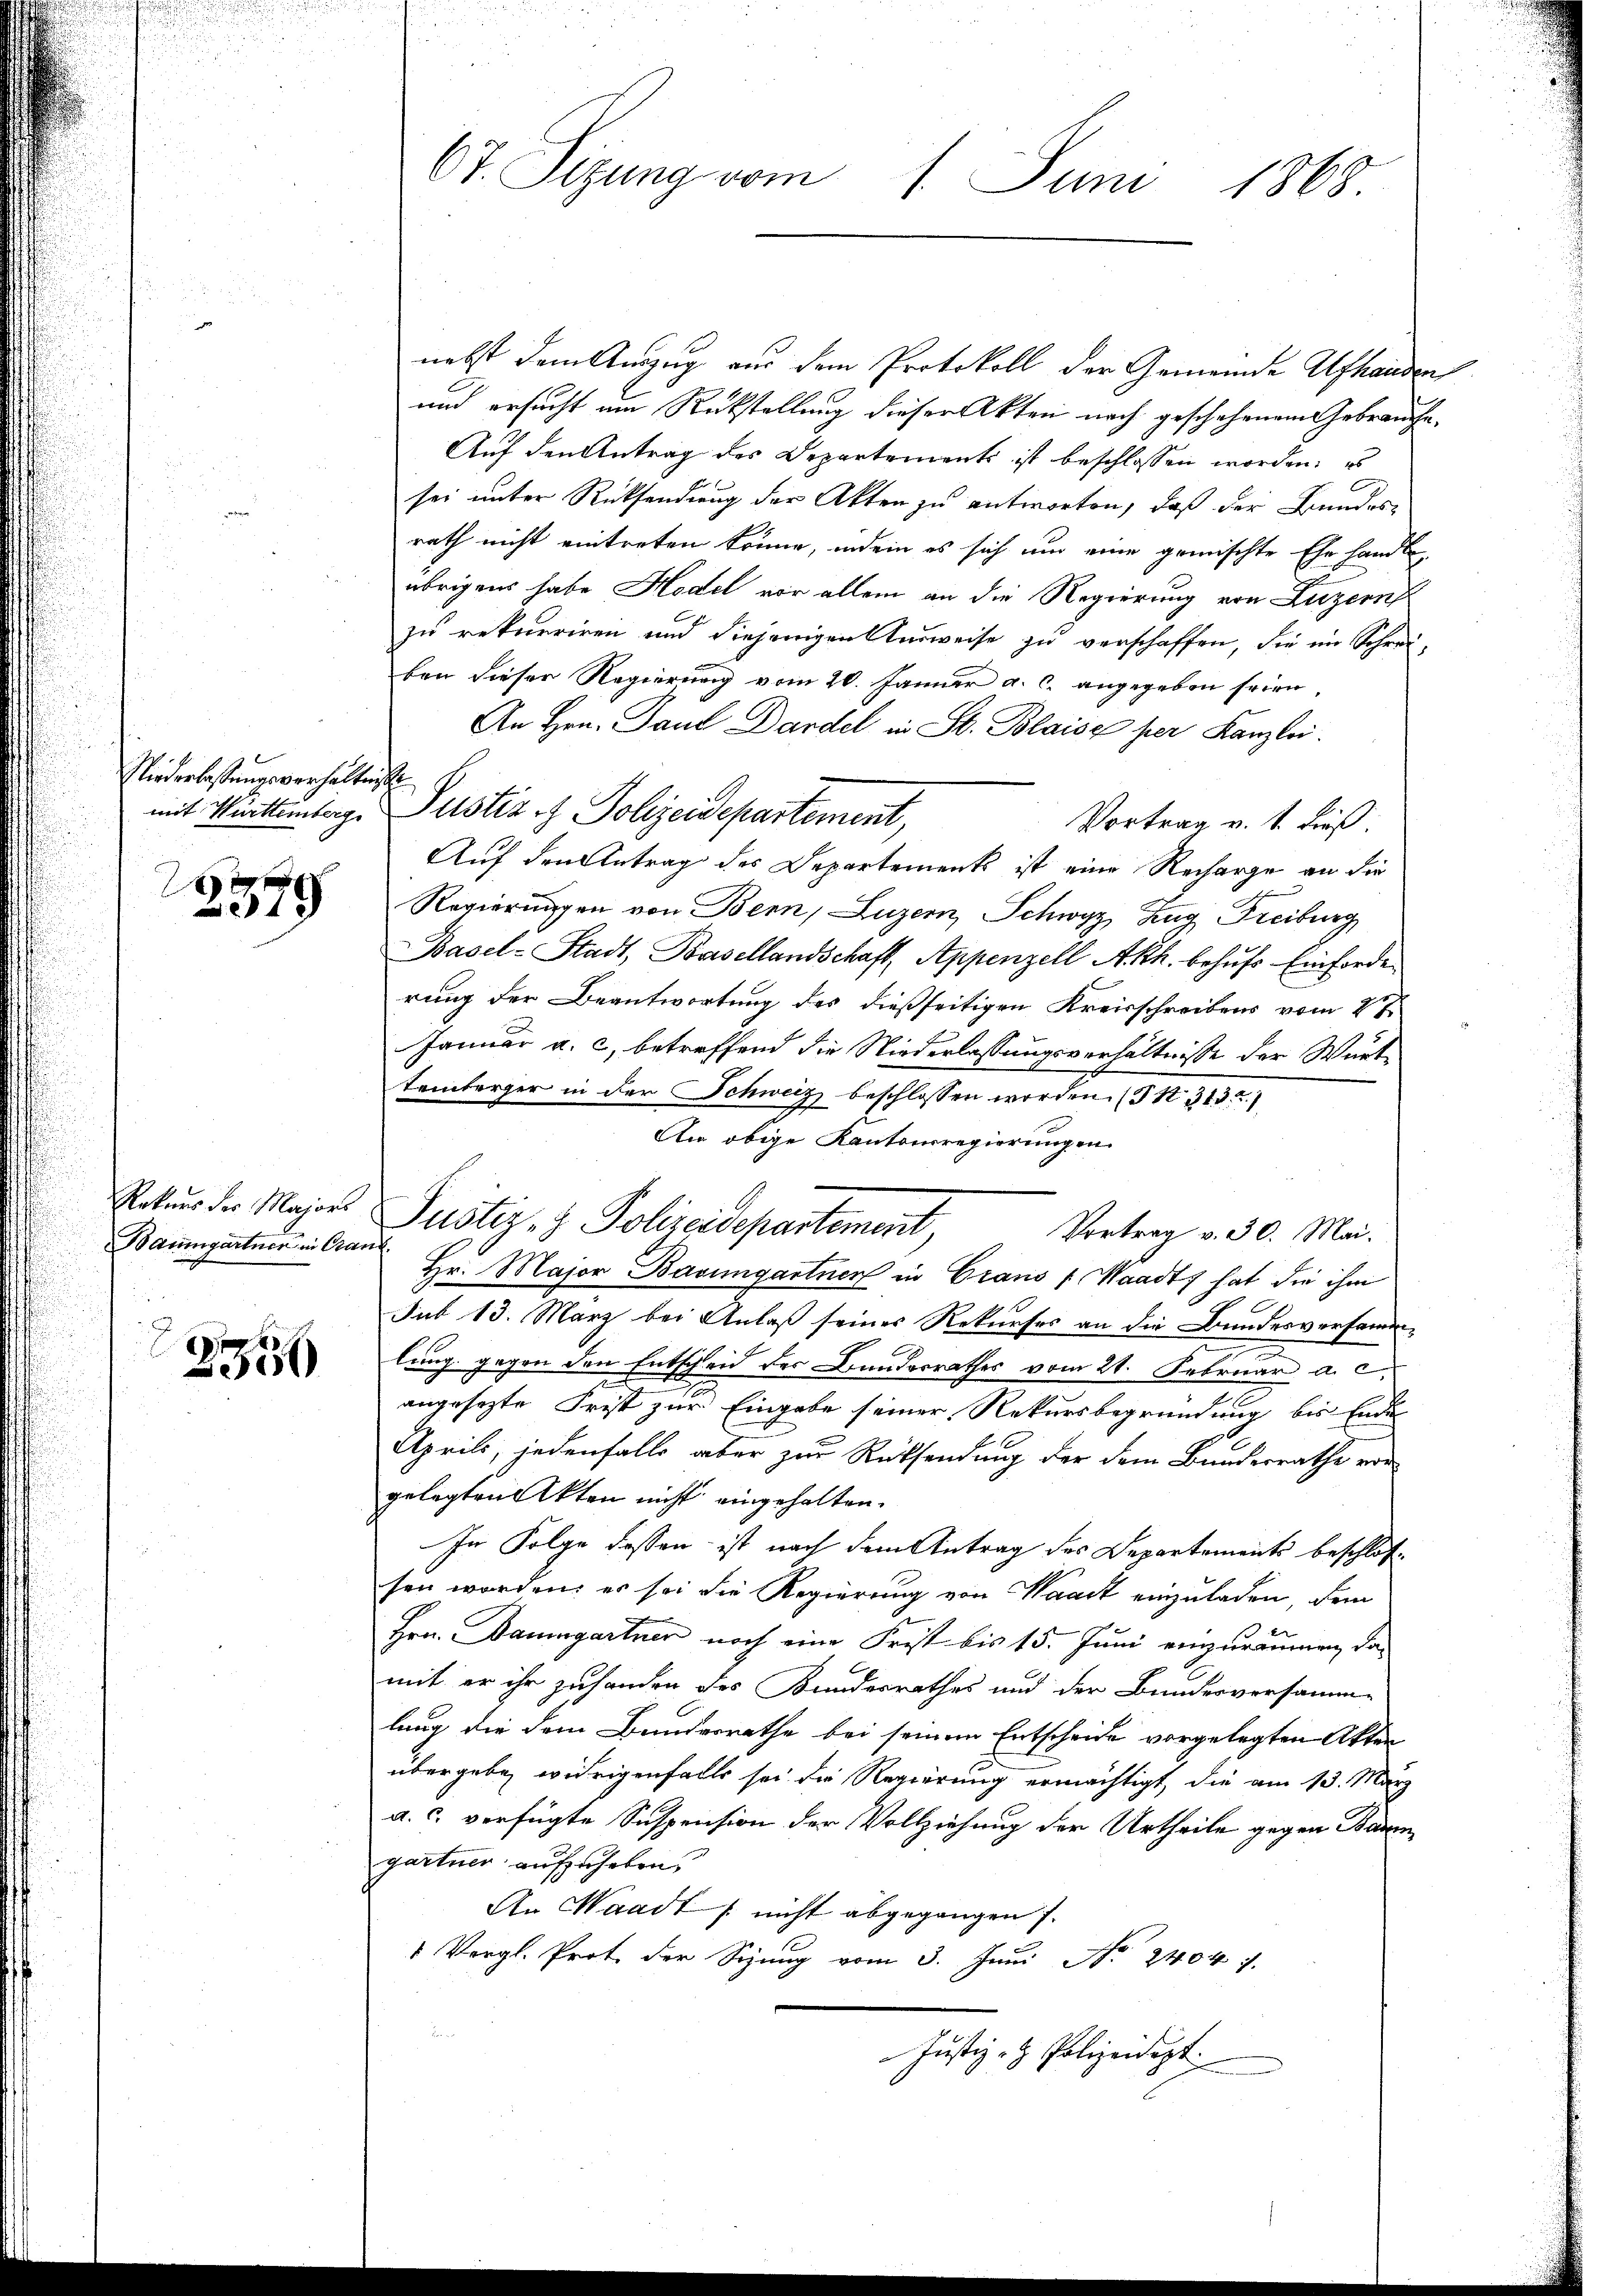
Niederlaßungsverhälte
mit Württemberg

0
579

Rekurs der Majors
Baumgartner in Gra

2556

67. Sitzung vom 1. Juni 1868

nebst dem Auszug aus dem Protokoll der Gemeinde Afhanden,
und ersucht am Rückstellung dieser Akten noch geschehenem Gebrauche.
Auf den Antrag des Departements ist beschlossen worden; es
sei unter Rücksendung der Akten zu antworten, daß der Bundesrath nicht eintreten könne, indem es sich um eine gemischte Ehe handle
übrigens habe Hodel vor allem an die Regierung von Luzern
zu rekurriren und diejenigen Verweise zu verschaffen, die im Schreiben dieser Regierung vom 20. Januar a. c. angegeben seien,
An Hrn. Paul Dardel in St. Blaise per Kanzlei.
Justiz & Polizeidepartement,
Vortrag v. 1. dieß
Auf den Antrag des Departement ist eine Recharge an die
Regierungen von Bern, Luzern, Schwyz, Zug Freiburg
Basel-Stadt, Basellandschaft, Appenzell A.Rh. behufs Einforde
rung der Beantwortung des dießseitigen Kreisschreibens vom 2ten
Januar a. c. betreffend die Niederlassungsverhältnisse der Württemberger in der Schweiz beschlossen worden. (S. 313.
An obige Kantonsregierungen
Vortrag v. 30. Mai.
Hr. Major Bavimgartner in Crano (Waadt hat die ihm
sub 13. März bei Anlaß seines Rekurses an die Bundesversamm¬
.
lung gegen den Entscheid des Bundesrathes vom 21. Februar a. c.
angesetzte Frist zur Eingabe seiner Rekursbegründung bis Ende
April, jedenfalls aber zur Rücksendung der dem Bundesrathe vor
gelegten Akten nicht eingehalten.
In Folge dassen ist nach dem Antrag des Departements beschlossen worden, er sei die Regierung von Waadt einzuladen, dem
Hrn. Baumgartner noch eine Frist bis 15. Juni einzuräumen, das
mit er ihr zusenden des Bundesrathes und der Bundesversamm-
lung die dem Bundesrathe bei seinem Entscheide vorgelegten Akten
übergebe, widrigenfalls sei die Regierung ermächtigt, die am 13. März
a. c. verfügte Suspension der Vollziehung der Urtheile gegen Baumgartner aufzuheben.
An Waadt nicht abgegangen.
1 Vergl. Prot. der Sizung vom 3. Juni No 2404. 7.
Justiz- & Polizeidigt.

icht

Justiz- & Polizeidepartement